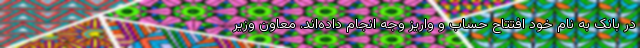
در بانک به نام خود افتتاح حساب و واریز وجه انجام داده‌اند. معاون وزیر